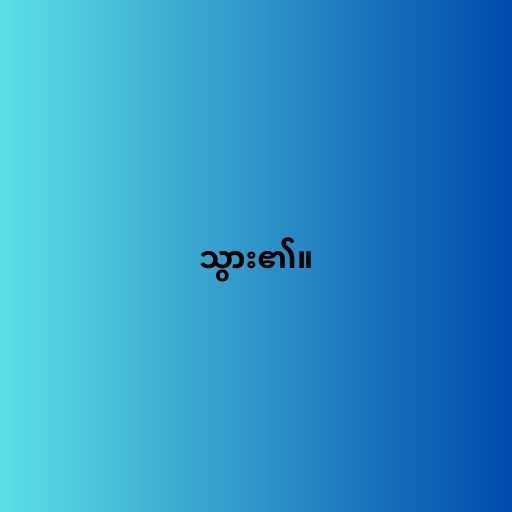
သွား၏။